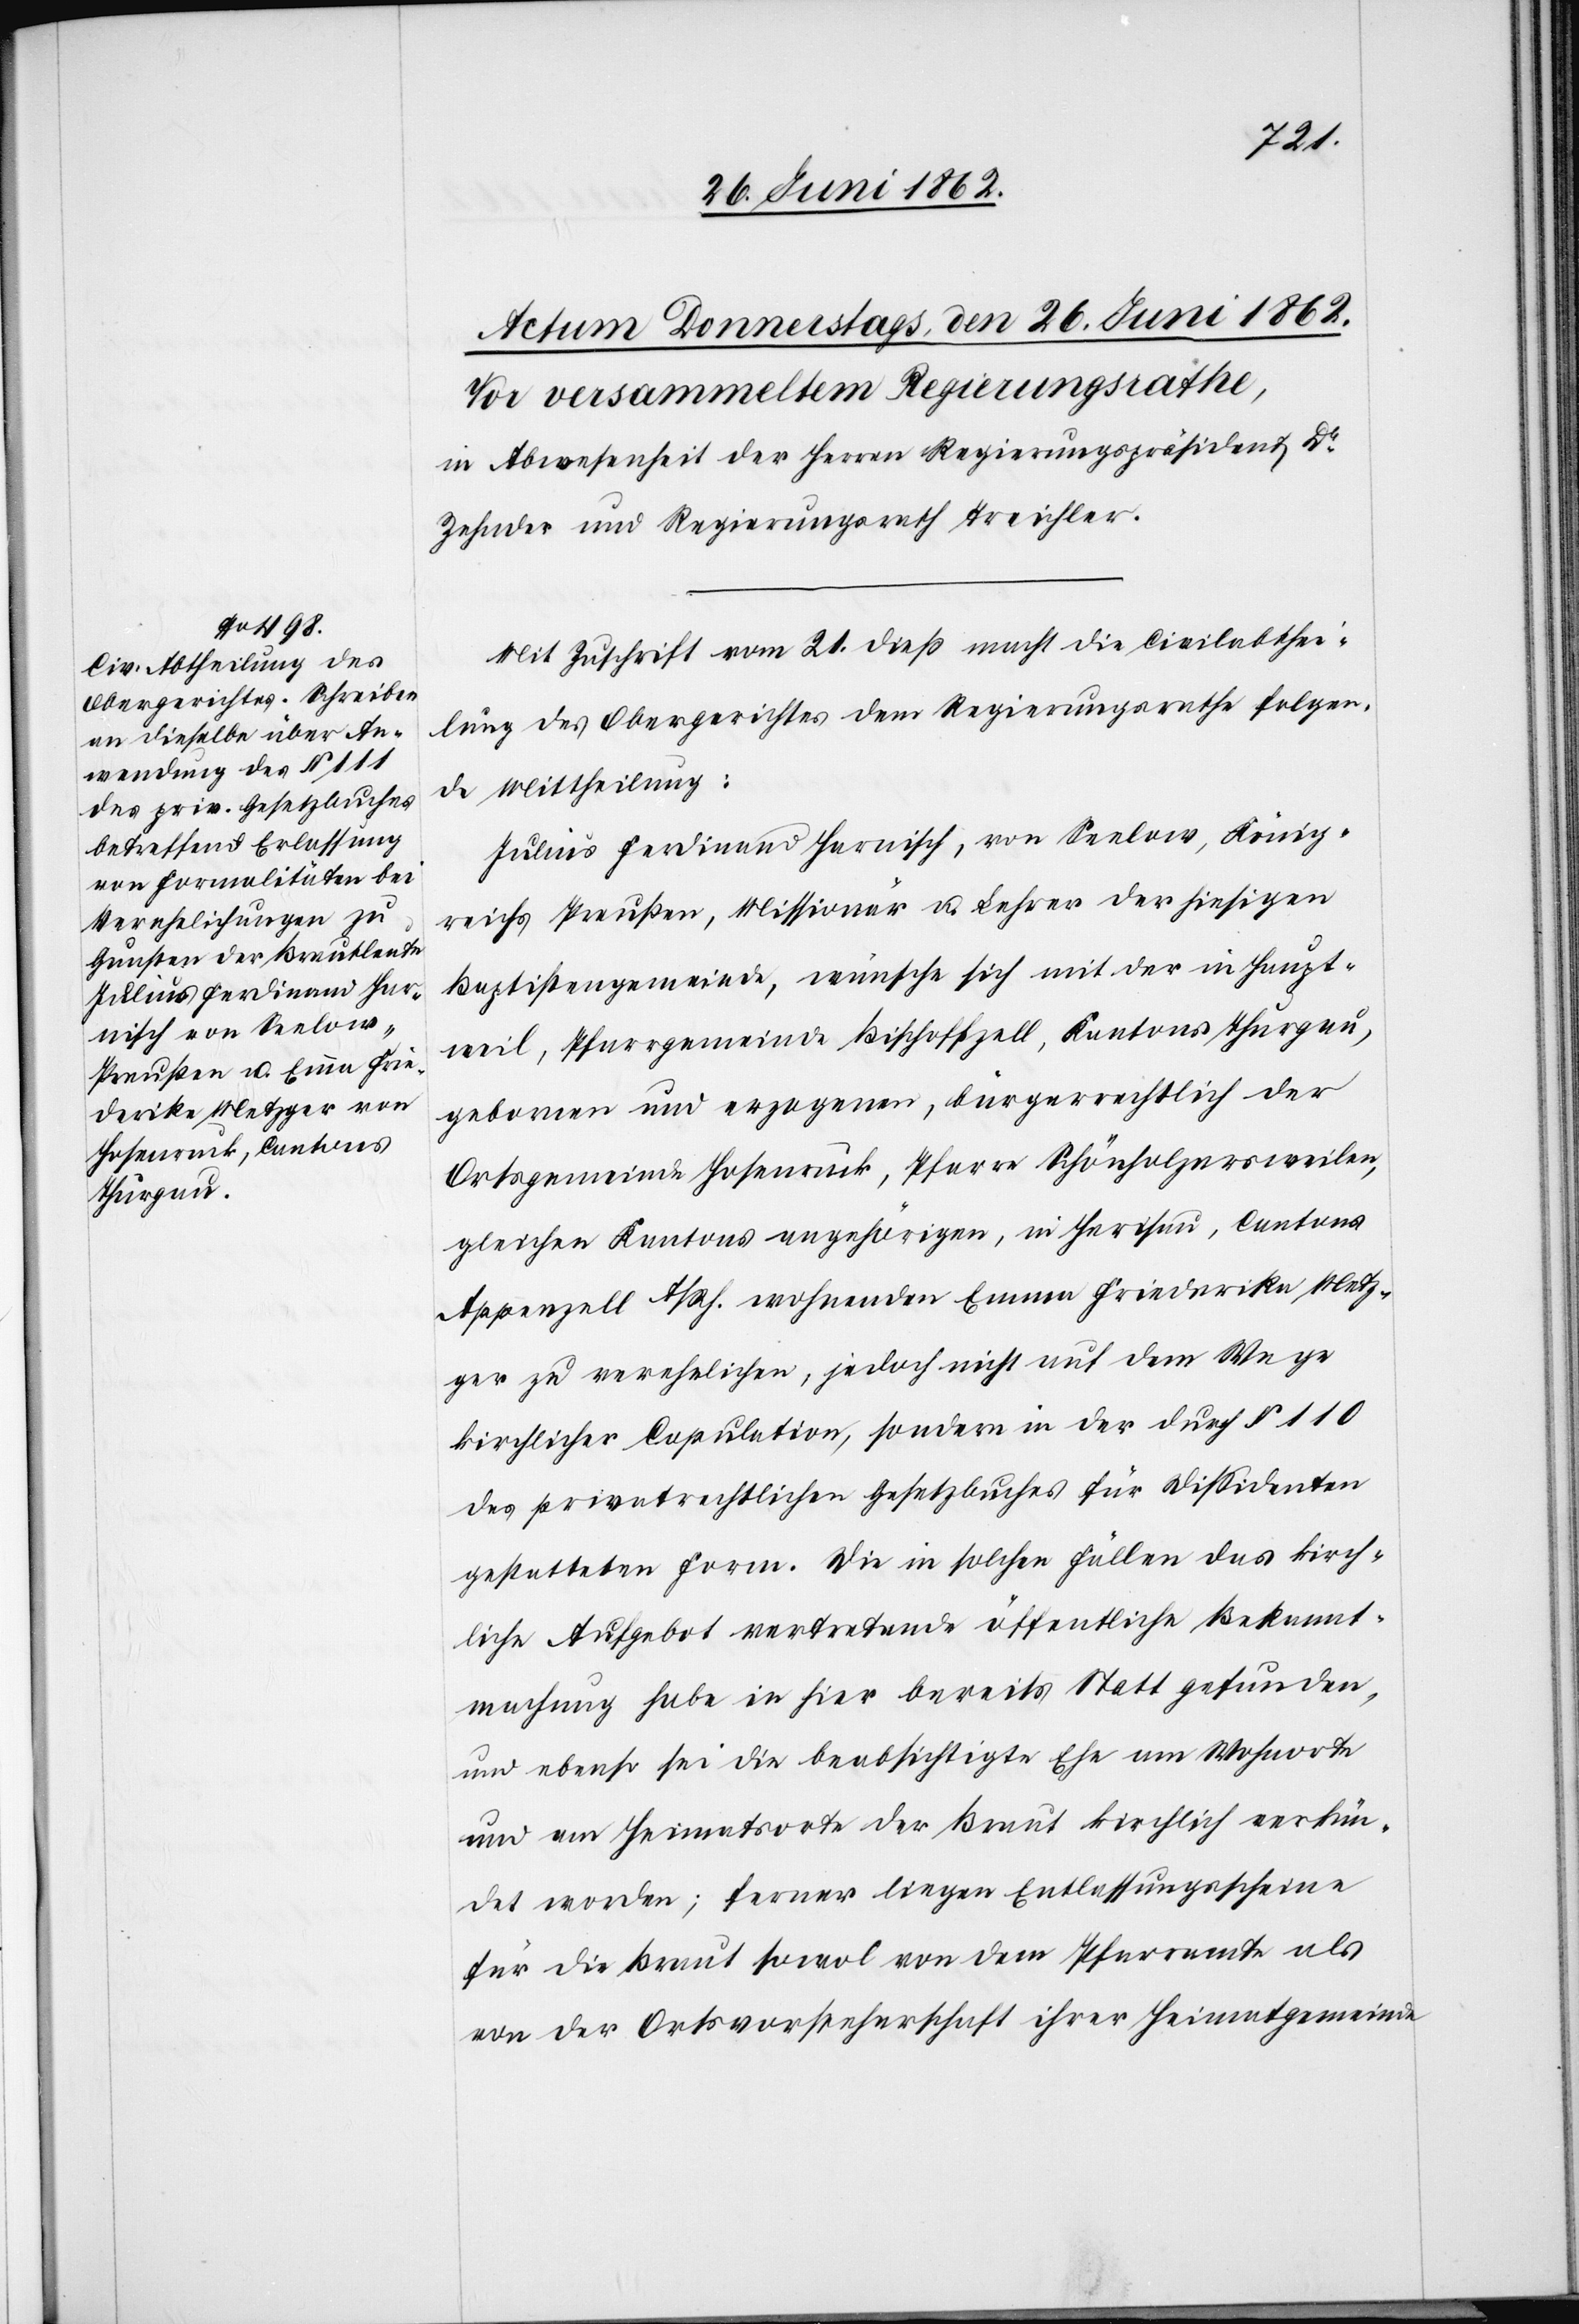
Mit Zuschrift vom 21. dieß macht die Civilabtei¬
lung des Obergerichtes dem Regierungsrathe folgen¬
de Mittheilung:
Julius Ferdinand Harnisch, von Seelow, König¬
reichs Preußen, Missionär u. Lehrer der hiesigen
Baptistengemeinde, wünsche sich mit der in Haupt¬
weil, Pfarrgemeinde Bischoffzell, Kantons Thurgau,
gebornen und erzogenen, bürgerrechtlich der
Ortsgemeinde Hosenruck, Pfarre Schönholznersweilen,
gleichen Kantons angehörigen, in Herisau, Cantons
Appenzell A/Rh. wohnenden Emma Friederika Metz¬
ger zu verehelichen, jedoch nicht auf dem Wege
kirchlicher Copulation, sondern in der durch § 110
des privatrechtlichen Gesetzbuches für Dissidenten
gestatteten Foren. Die in solchen Fällen das kirch¬
liche Aufgebot vertretende öffentliche Bekannt¬
machung habe in hier bereits Statt gefunden,
und ebenso sei die beabsichtigte Ehe am Wohnorte
und am Heimatsorte der Braut kirchlich verkün¬
det worden; ferner liegen Entlassungsscheine
für die Braut sowol von dem Pfarramte als
von der Ortsvorsteherschaft ihrer Heimatsgemeinde